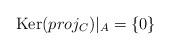
LaTeX: \begin{align*}\operatorname{Ker}(proj_C)|_{A}=\{ 0 \}\end{align*}